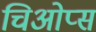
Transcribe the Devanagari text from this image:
चिओप्स